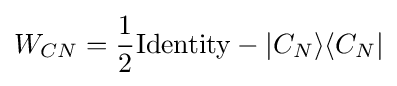
W_{CN}={\frac {1}{2}}{\rm {Identity}}-|C_{N}\rangle \langle C_{N}|